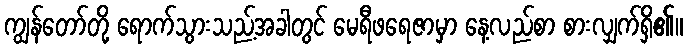
ကျွန်တော်တို့ ရောက်သွားသည့်အခါတွင် မေရီဖရေဇာမှာ နေ့လည်စာ စားလျှက်ရှိ၏။